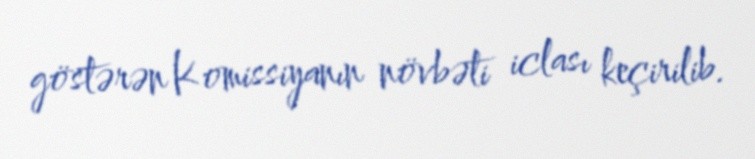
göstərən Komissiyanın növbəti iclası keçirilib.